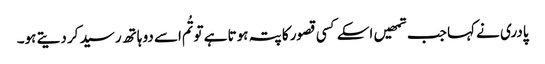
پادری نے کہا جب تمھیں اسکے کسی قصور کا پتہ ہوتا ہے تو تُم اسے دو ہاتھ رسید کر دیتے ہو۔